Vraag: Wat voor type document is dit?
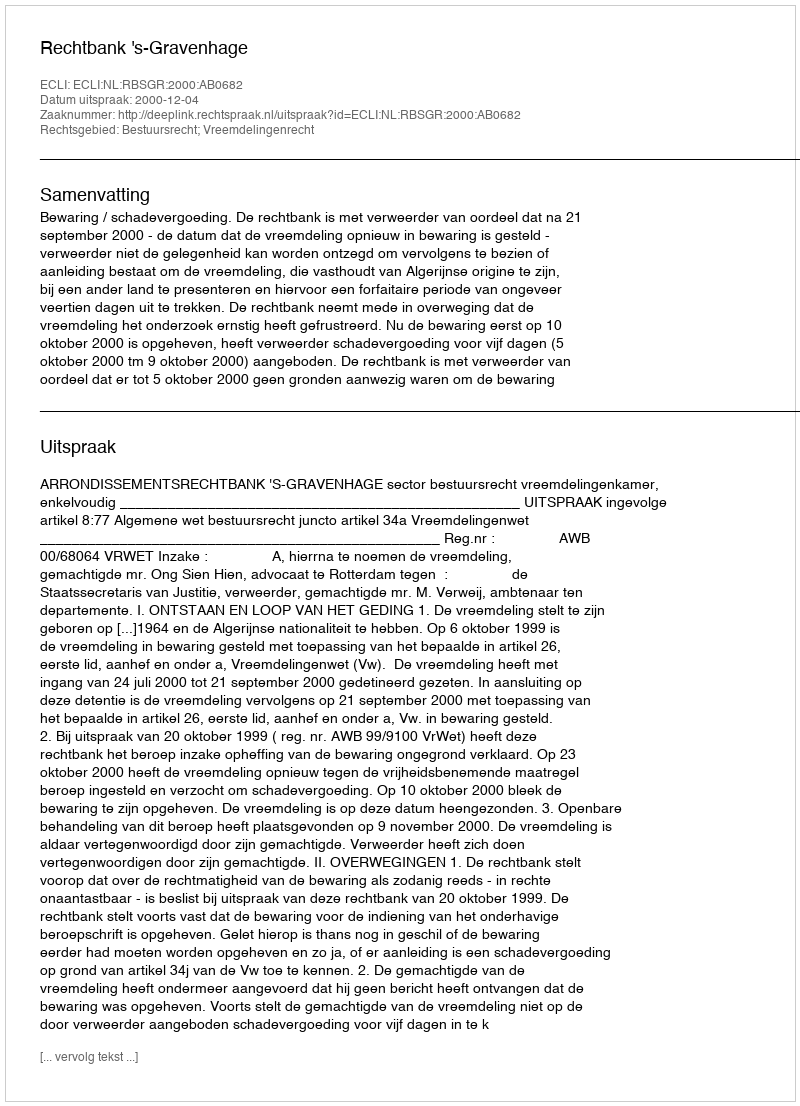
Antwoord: Uitspraak